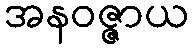
အနဝဇ္ဇာယ